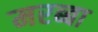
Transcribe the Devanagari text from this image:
मरब्बा